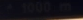
-10000Km